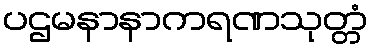
ပဌမနာနာကရဏသုတ္တံ